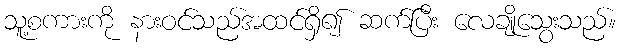
သူ့စကားကို နားဝင်သည်အထင်ရှိ၍ ဆက်ပြီး လေချိုသွေးသည်။